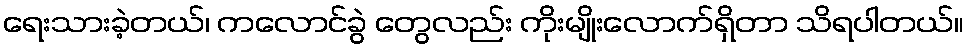
ရေးသားခဲ့တယ်၊ ကလောင်ခွဲ တွေလည်း ကိုးမျိုးလောက်ရှိတာ သိရပါတယ်။